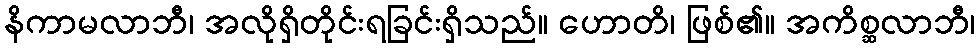
နိကာမလာဘီ၊ အလိုရှိတိုင်းရခြင်းရှိသည်။ ဟောတိ၊ ဖြစ်၏။ အကိစ္ဆလာဘီ၊